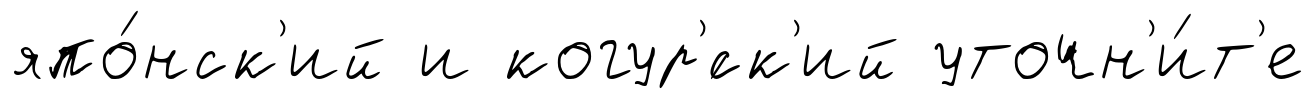
япо́нск'ий и когур'́ск'ий уточн'и́т'е